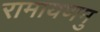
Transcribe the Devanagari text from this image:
रामायणमु